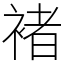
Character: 褚